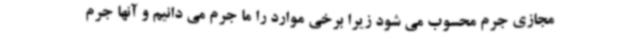
مجازی جرم محسوب می شود زیرا برخی موارد را ما جرم می دانیم و آنها جرم